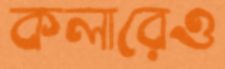
কলারেও